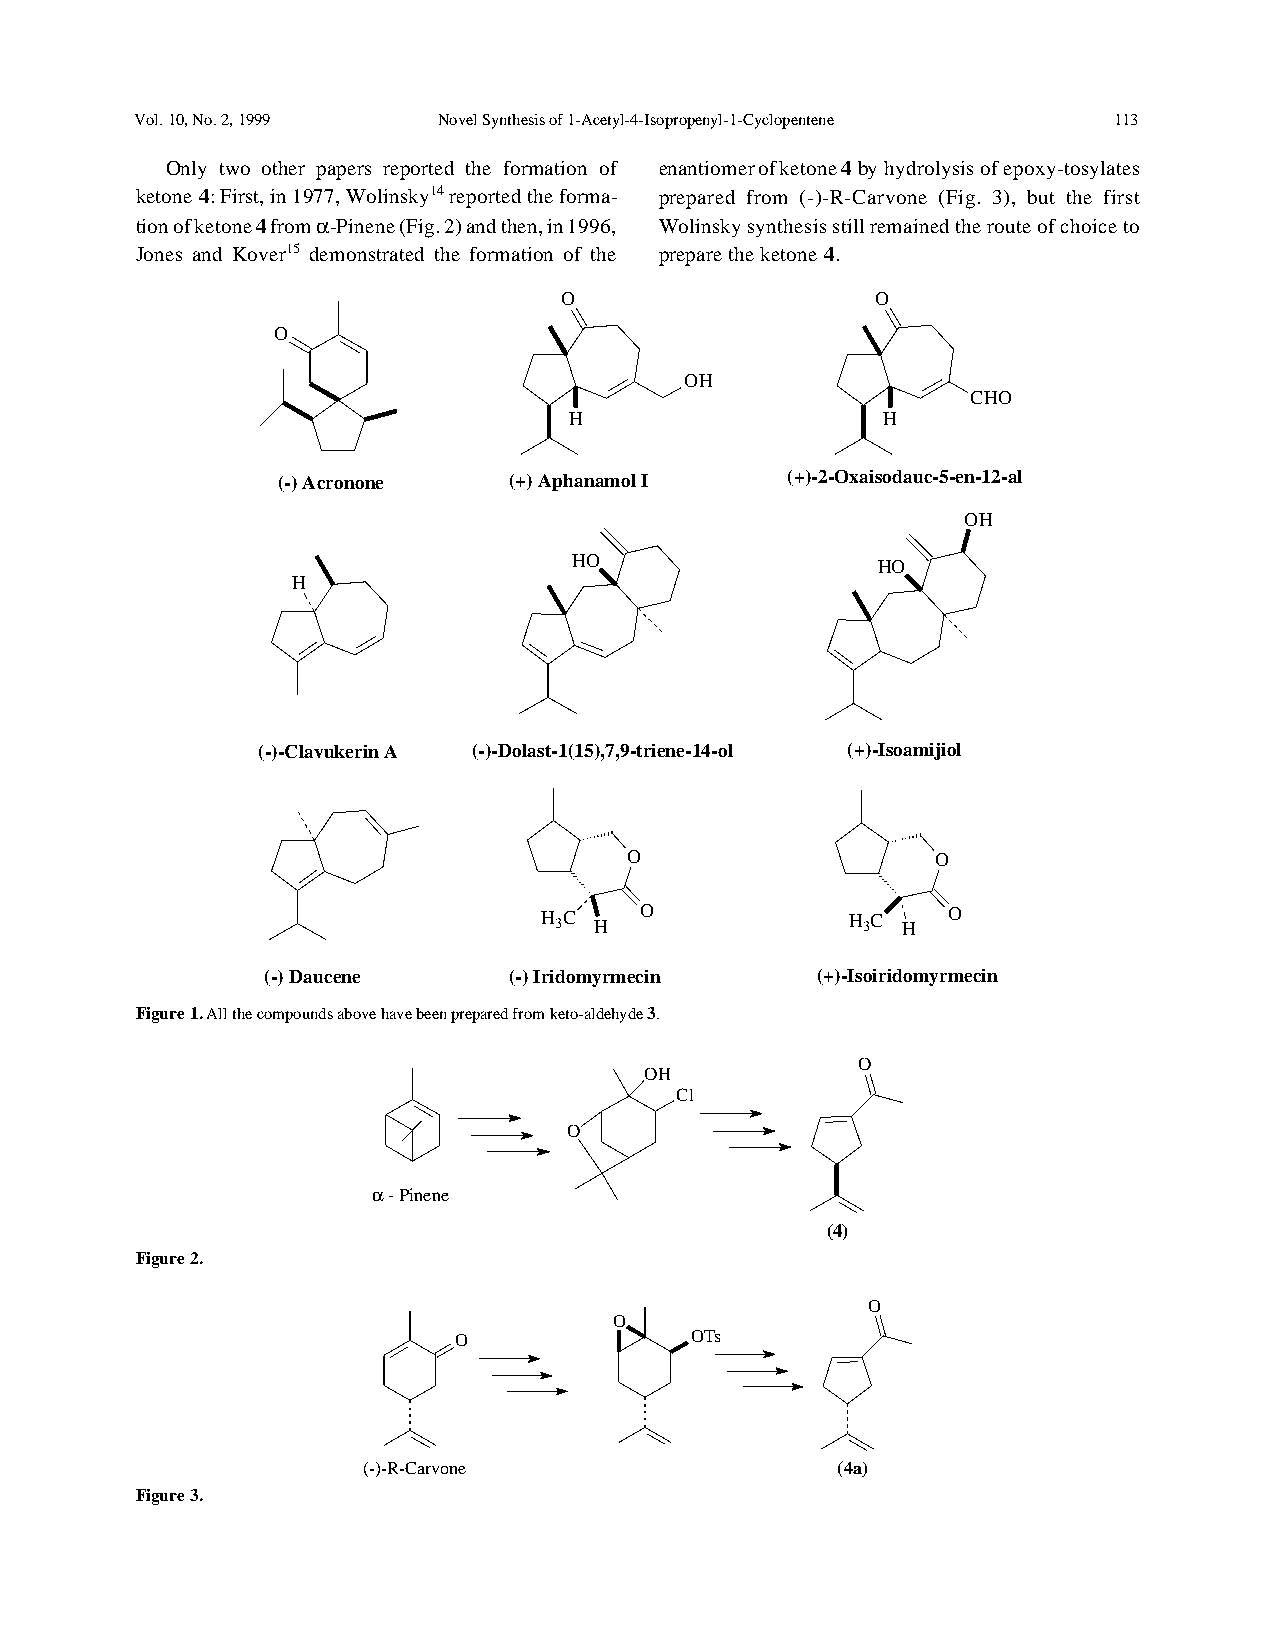
Vol. 10, No. 2, 1999 Novel Synthesis of 1-Acetyl-4-Isopropenyl-1-Cyclopentene 113
 Only two other papers reported the formation of enantiomer of ketone 4 by hydrolysis of epoxy-tosylates
 ketone 4: First, in 1977, Wolinsky14 reported the forma- prepared from (-)-R-Carvone (Fig. 3), but the first
 tion of ketone 4 from a -Pinene (Fig. 2) and then, in 1996, Wolinsky synthesis still remained the route of choice to
 Jones and Kover15 demonstrated the formation of the prepare the ketone 4.
 O                    O
 O
 OH
 CHO
 H                   H
 (-) Acronone    (+) Aphanamol I   (+)-2-Oxaisodauc-5-en-12-al
 OH
 HO
 HO
 H
 (-)-Clavukerin A (-)-Dolast-1(15),7,9-triene-14-ol (+)-Isoamijiol
 O                   O
 H 3C H O            H 3C H O
 (-) Daucene     (-) Iridomyrmecin   (+)-Isoiridomyrmecin
 Figure 1. All the compounds above have been prepared from keto-aldehyde 3.
 O
 OH
 Cl
 O
 a - Pinene
 (4)
 Figure 2.
 O
 O
 O               OTs
 (-)-R-Carvone                  (4a)
 Figure 3.